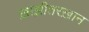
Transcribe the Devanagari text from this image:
ख़ाझ़ीतरख़ान